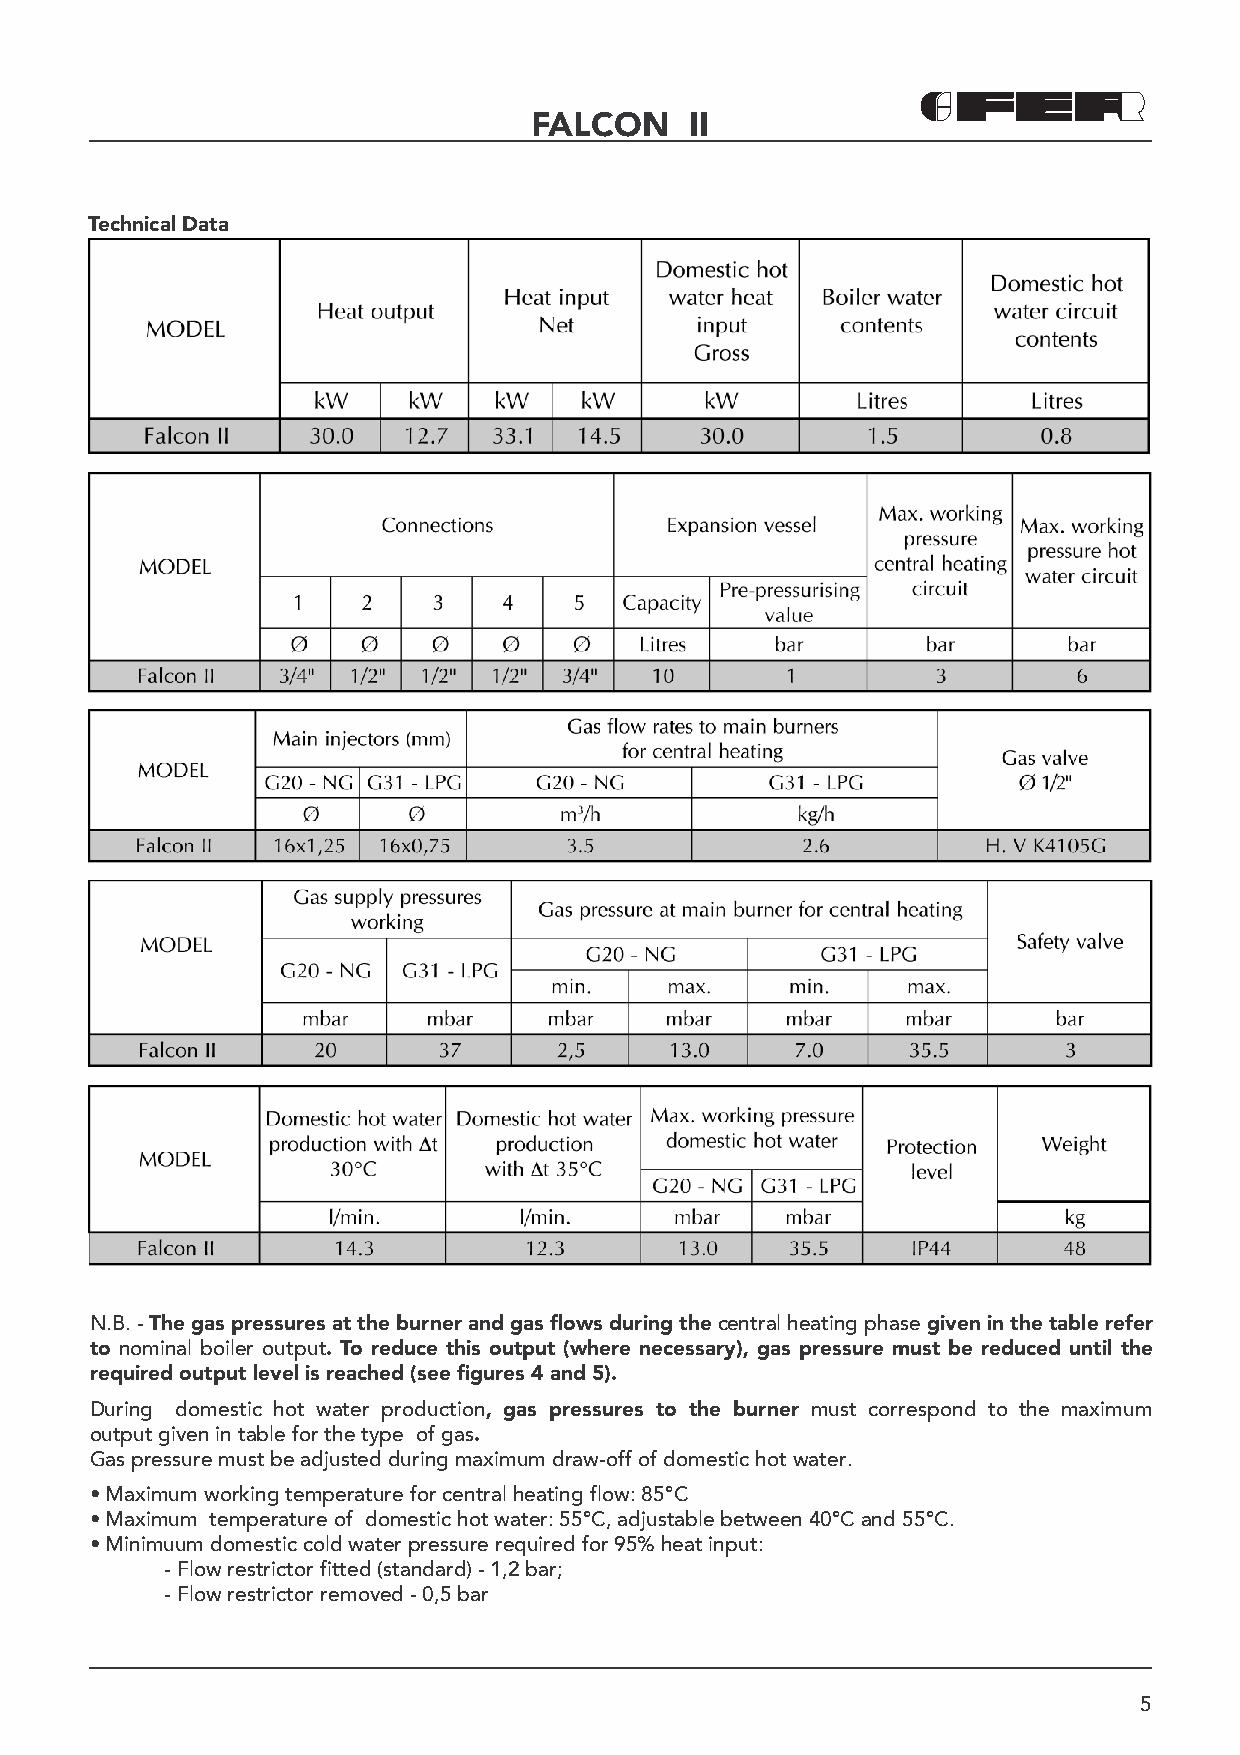
FALCON     II
 Technical Data
 N.B. - The gas pressures at the burner and gas fl ows during the central heating phase given in the table refer
 to nominal boiler output. To reduce this output (where necessary), gas pressure must be reduced until the
 required output level is reached (see fi gures 4 and 5).
 During domestic hot water production, gas pressures to the burner must correspond to the maximum
 output given in table for the type of gas.
 Gas pressure must be adjusted during maximum draw-off of domestic hot water.
 • Maximum working temperature for central heating flow: 85°C
 • Maximum temperature of domestic hot water: 55°C, adjustable between 40°C and 55°C.
 • Minimuum domestic cold water pressure required for 95% heat input:
 - Flow restrictor fitted (standard) - 1,2 bar;
 - Flow restrictor removed - 0,5 bar
 5